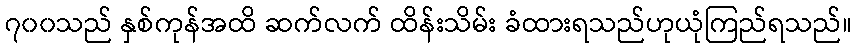
၇၀၀သည် နှစ်ကုန်အထိ ဆက်လက် ထိန်းသိမ်း ခံထားရသည်ဟုယုံကြည်ရသည်။